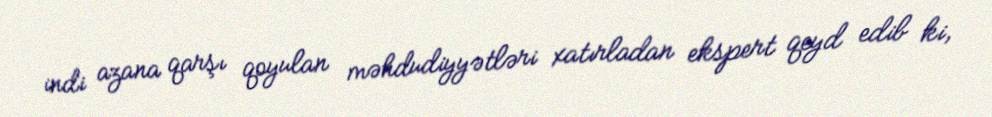
indi azana qarşı qoyulan məhdudiyyətləri xatırladan ekspert qeyd edib ki,